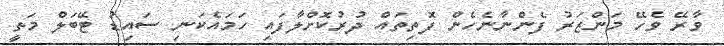
ވާރޭ ވެހޭ މަންޒަރު ފެންނާނެހެން ފޮތިތައް ދުރުކޮށްލާފައި ހަމައެކަނި ސައިޑު ޓޭބަލް މަތީ